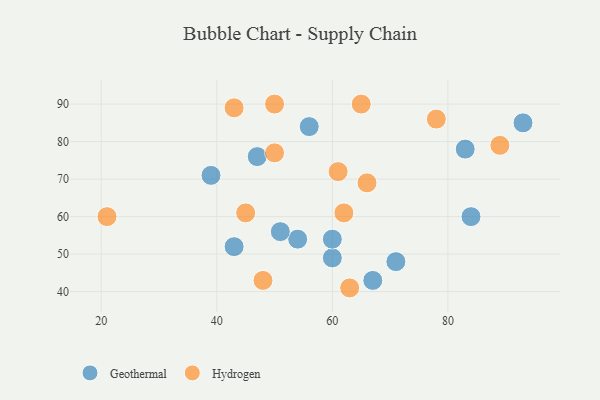
{"axis": {"x": "GDP", "y": "Life Expectancy"}, "legend": ["Geothermal", "Hydrogen"], "data": [{"x": "60", "y": 49, "type": "Geothermal"}, {"x": "71", "y": 48, "type": "Geothermal"}, {"x": "83", "y": 78, "type": "Geothermal"}, {"x": "54", "y": 54, "type": "Geothermal"}, {"x": "67", "y": 43, "type": "Geothermal"}, {"x": "51", "y": 56, "type": "Geothermal"}, {"x": "43", "y": 52, "type": "Geothermal"}, {"x": "47", "y": 76, "type": "Geothermal"}, {"x": "60", "y": 54, "type": "Geothermal"}, {"x": "93", "y": 85, "type": "Geothermal"}, {"x": "56", "y": 84, "type": "Geothermal"}, {"x": "39", "y": 71, "type": "Geothermal"}, {"x": "84", "y": 60, "type": "Geothermal"}, {"x": "66", "y": 69, "type": "Hydrogen"}, {"x": "65", "y": 90, "type": "Hydrogen"}, {"x": "43", "y": 89, "type": "Hydrogen"}, {"x": "21", "y": 60, "type": "Hydrogen"}, {"x": "50", "y": 77, "type": "Hydrogen"}, {"x": "89", "y": 79, "type": "Hydrogen"}, {"x": "50", "y": 90, "type": "Hydrogen"}, {"x": "63", "y": 41, "type": "Hydrogen"}, {"x": "61", "y": 72, "type": "Hydrogen"}, {"x": "45", "y": 61, "type": "Hydrogen"}, {"x": "48", "y": 43, "type": "Hydrogen"}, {"x": "78", "y": 86, "type": "Hydrogen"}, {"x": "62", "y": 61, "type": "Hydrogen"}]}